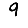
Digit: 9